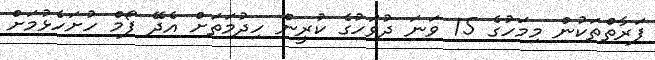
ފަރާތްތަކުން މިމަހުގެ 15 ވަނަ ދުވަހުގެ ކުރީން ހިދުމަތަށް އެދޭ ފޯމް ހުށަހެޅުމަށް